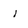
Character: 1